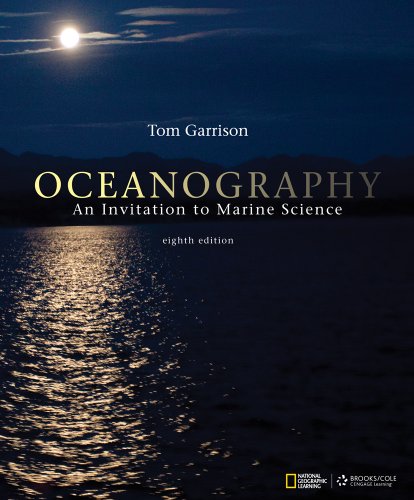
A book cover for Oceanography: An Invitation to Marine Science; Tom S. Garrison; Science & Math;